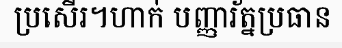
ប្រសើរ។ហាក់ បញ្ញារ័ត្នប្រធាន